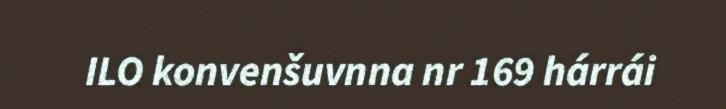
ILO konvenšuvnna nr 169 hárrái